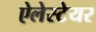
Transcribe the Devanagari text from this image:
ऐलेस्टेयर